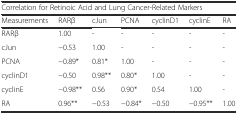
| <COLSPAN=7> Correlation for Retinoic Acid and Lung Cancer-Related Markers |
 | Measurements | RARβ | cJun | PCNA | cyclinD1 | cyclinE | RA |
 | --- | --- | --- | --- | --- | --- | --- |
 | RARβ | 1.00 | - | - | - | - | - |
 | cJun | −0.53 | 1.00 | - | - | - | - |
 | PCNA | −0.89* | 0.81* | 1.00 | - | - | - |
 | cyclinD1 | −0.50 | 0.98** | 0.80* | 1.00 | - | - |
 | cyclinE | −0.98** | 0.56 | 0.90* | 0.54 | 1.00 | - |
 | RA | 0.96** | −0.53 | −0.84* | −0.50 | −0.95** | 1.00 |